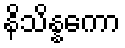
နိသိန္နကော